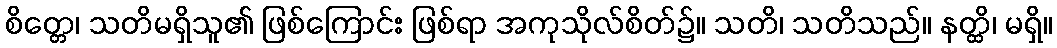
စိတ္တေ၊ သတိမရှိသူ၏ ဖြစ်ကြောင်း ဖြစ်ရာ အကုသိုလ်စိတ်၌။ သတိ၊ သတိသည်။ နတ္ထိ၊ မရှိ။